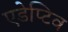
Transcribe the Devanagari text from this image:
एडेप्टिव